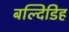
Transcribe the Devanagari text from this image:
बल्दिडिह